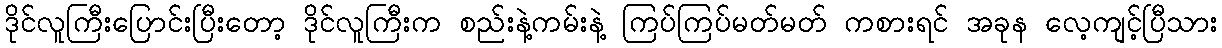
ဒိုင်လူကြီးပြောင်းပြီးတော့ ဒိုင်လူကြီးက စည်းနဲ့ကမ်းနဲ့ ကြပ်ကြပ်မတ်မတ် ကစားရင် အခုန လေ့ကျင့်ပြီသား